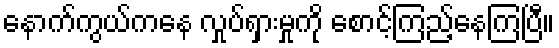
နောက်ကွယ်ကနေ လှုပ်ရှားမှုကို စောင့်ကြည့်နေကြပြီ။